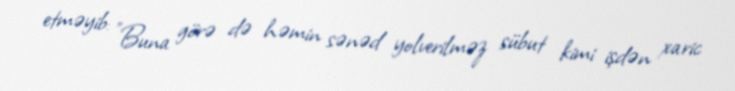
etməyib: "Buna görə də həmin sənəd yolverilməz sübut kimi işdən xaric